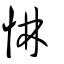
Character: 惏